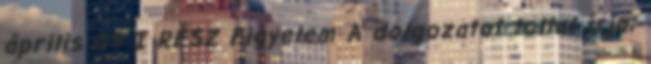
április 09 I RÉSZ Figyelem A dolgozatot tollal írja;